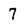
Character: 7